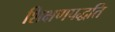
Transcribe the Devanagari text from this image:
शिक्षणपद्धति